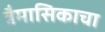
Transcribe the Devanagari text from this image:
त्रैमासिकाचा